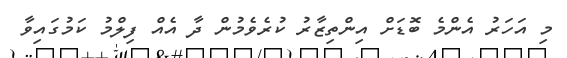
މި އަހަރު އެންމެ ބޮޑަށް އިންތިޒާރު ކުރެވެމުން ދާ އެއް ފިލްމު ކަމުގައިވާ